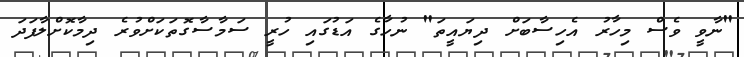
"ނާވީ ވެސް މިހާރު އެހިސާބަށް ދިޔައީތަ" ނުހާގެ އަޑުގައި ހުރީ ސަމާސާގޮތަކަށްވުރެ ދިމާކޮށްލާފަދަ